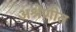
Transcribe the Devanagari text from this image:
अश्रेणीत